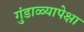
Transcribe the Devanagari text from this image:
गुंडाळ्यापेक्षा